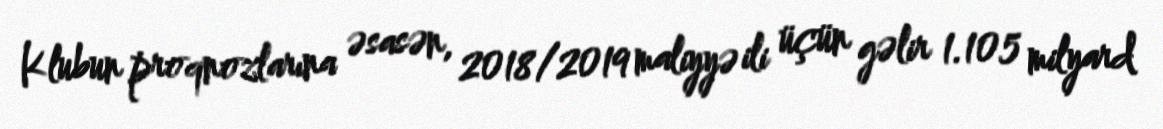
Klubun proqnozlarına əsasən, 2018/2019 maliyyə ili üçün gəlir 1.105 milyard